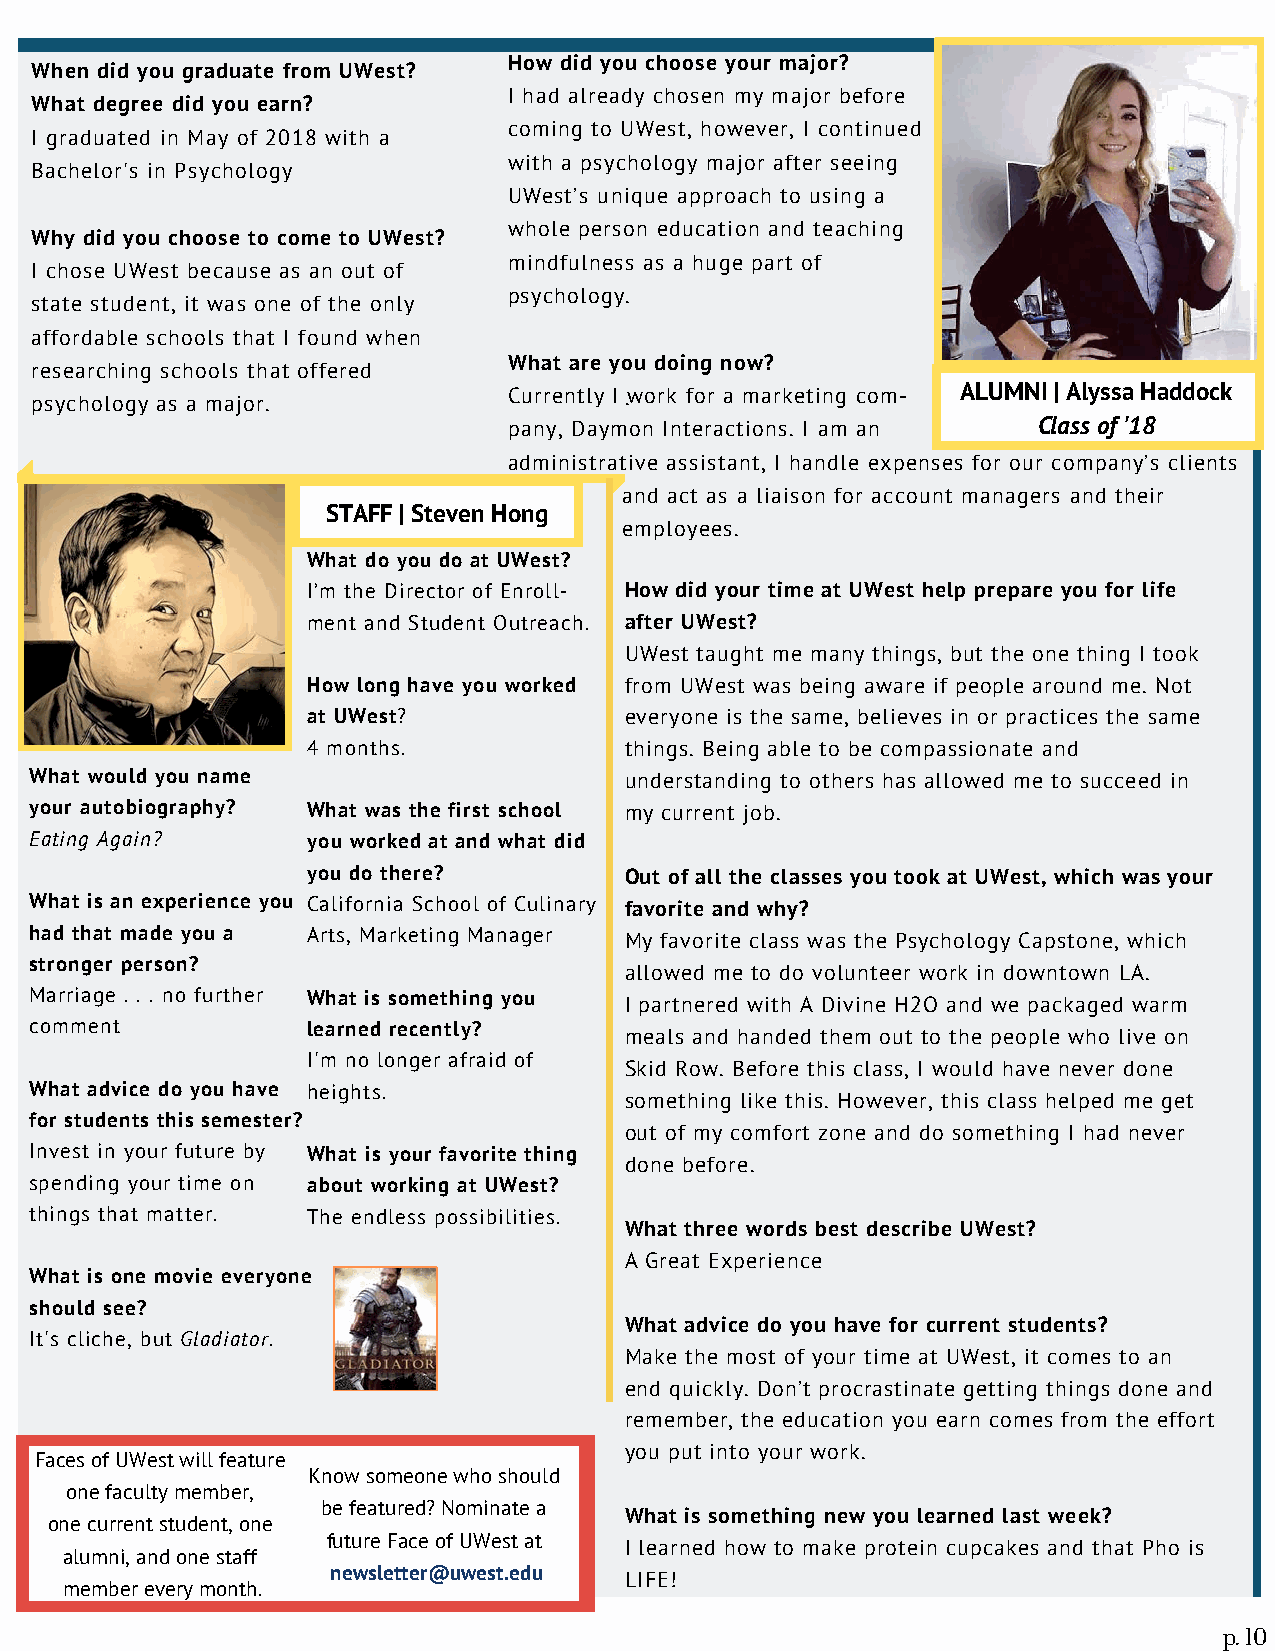
How did you choose your major?
 When did you graduate from UWest?
 I had already chosen my major before
 What degree did you earn?
 coming to UWest, however, I continued
 I graduated in May of 2018 with a
 with a psychology major after seeing
 Bachelor's in Psychology
 UWest’s unique approach to using a
 whole person education and teaching
 Why did you choose to come to UWest?
 mindfulness as a huge part of
 I chose UWest because as an out of
 psychology.
 state student, it was one of the only
 affordable schools that I found when
 What are you doing now?
 researching schools that offered
 Currently I .work for a marketing com- ALUMNI | Alyssa Haddock
 psychology as a major.
 pany, Daym on Interactions. I am an Class of '18
 administrat ive assistant, I handle expenses for our company’s clients
 a nd act as a liaison for account managers and their
 STAFF | Steven Hong
 e mployees.
 What do you do at UWest?
 I’m the Director of Enroll- How did your time at UWest help prepare you for life
 ment and Student Outreach. after UWest?
 UWest taught me many things, but the one thing I took
 How long have you worked from UWest was being aware if people around me. Not
 at UWest?            everyone is the same, believes in or practices the same
 4 months.            things. Being able to be compassionate and
 What would you name                    understanding to others has allowed me to succeed in
 your autobiography? What was the first school my current job.
 Eating Again?     you worked at and what did
 you do there?        Out of all the classes you took at UWest, which was your
 What is an experience you California School of Culinary favorite and why?
 had that made you a Arts, Marketing Manager My favorite class was the Psychology Capstone, which
 stronger person?
 allowed me to do volunteer work in downtown LA.
 Marriage . . . no further What is something you
 I partnered with A Divine H2O and we packaged warm
 comment           learned recently?
 meals and handed them out to the people who live on
 I'm no longer afraid of
 Skid Row. Before this class, I would have never done
 What advice do you have heights.
 something like this. However, this class helped me get
 for students this semester?
 out of my comfort zone and do something I had never
 Invest in your future by What is your favorite thing
 done before.
 spending your time on about working at UWest?
 things that matter. The endless possibilities.
 What three words best describe UWest?
 A Great Experience
 What is one movie everyone
 should see?
 What advice do you have for current students?
 It's cliche, but Gladiator.
 Make the most of your time at UWest, it comes to an
 end quickly. Don’t procrastinate getting things done and
 remember, the education you earn comes from the effort
 you put into your work.
 Faces of UWest will feature
 Know someone who should
 one faculty member,
 be featured? Nominate a
 What is something new you learned last week?
 one current student, one
 future Face of UWest at
 I learned how to make protein cupcakes and that Pho is
 alumni, and one staff
 newsletter@uwest.edu
 LIFE!
 member every month.
 p. 10